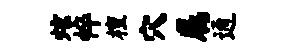
炫悴檀穴属通